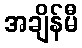
အချိန်မီ